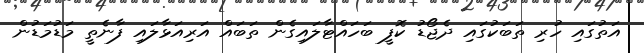
އަތުގައި ހުރި ތަބަކުގައި ދެޖޯޑު ކޮފީ ބަހައްޓާލައިގެން ތަބައް އަރިއަޅާލައި ފާނެތީ މަޑުމަޑުން